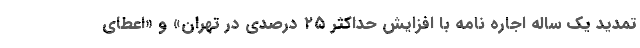
تمدید یک ساله اجاره نامه با افزایش حداکثر ۲۵ درصدی در تهران» و «اعطای